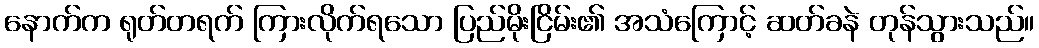
နောက်က ရုတ်တရက် ကြားလိုက်ရသော ပြည်မိုးငြိမ်း၏ အသံကြောင့် ဆတ်ခနဲ တုန်သွားသည်။